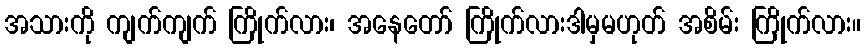
အသားကို ကျက်ကျက် ကြိုက်လား၊ အနေတော် ကြိုက်လားဒါမှမဟုတ် အစိမ်း ကြိုက်လား။